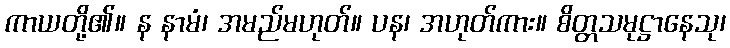
ကာယတို့၏။ န နာမံ၊ အမည်မဟုတ်။ ပန၊ အဟုတ်ကား။ စိတ္တသမုဋ္ဌာနေသု၊